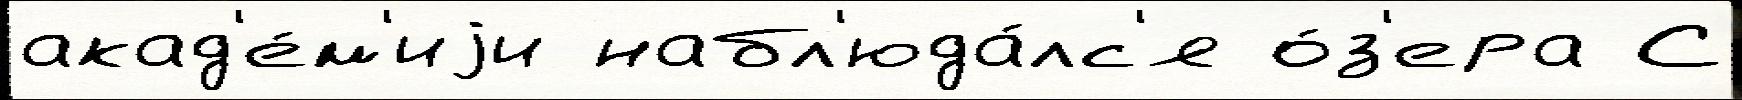
акад'е́м'иjи набл'юда́лс'я о́з'ера С